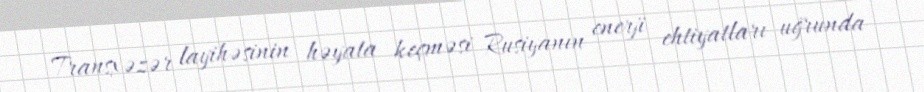
Transxəzər layihəsinin həyata keçməsi Rusiyanın enerji ehtiyatları uğrunda